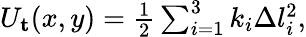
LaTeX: \begin{array}{r}{U_{\mathbf{t}}(x,y)=\frac{1}{2}\sum_{i=1}^{3}k_{i}\Delta l_{i}^{2},}\end{array}